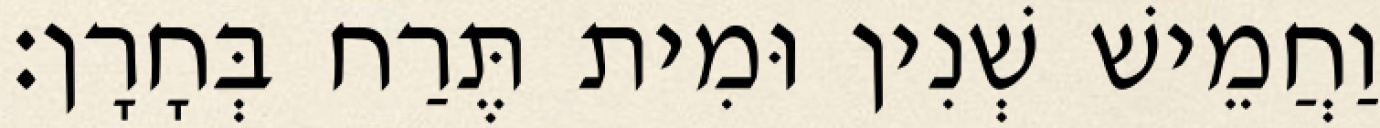
וַחֲמֵישׁ שְׁנִין וּמִית תֶּרַח בְּחָרָן׃